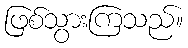
ဖြစ်သွားကြသည်။